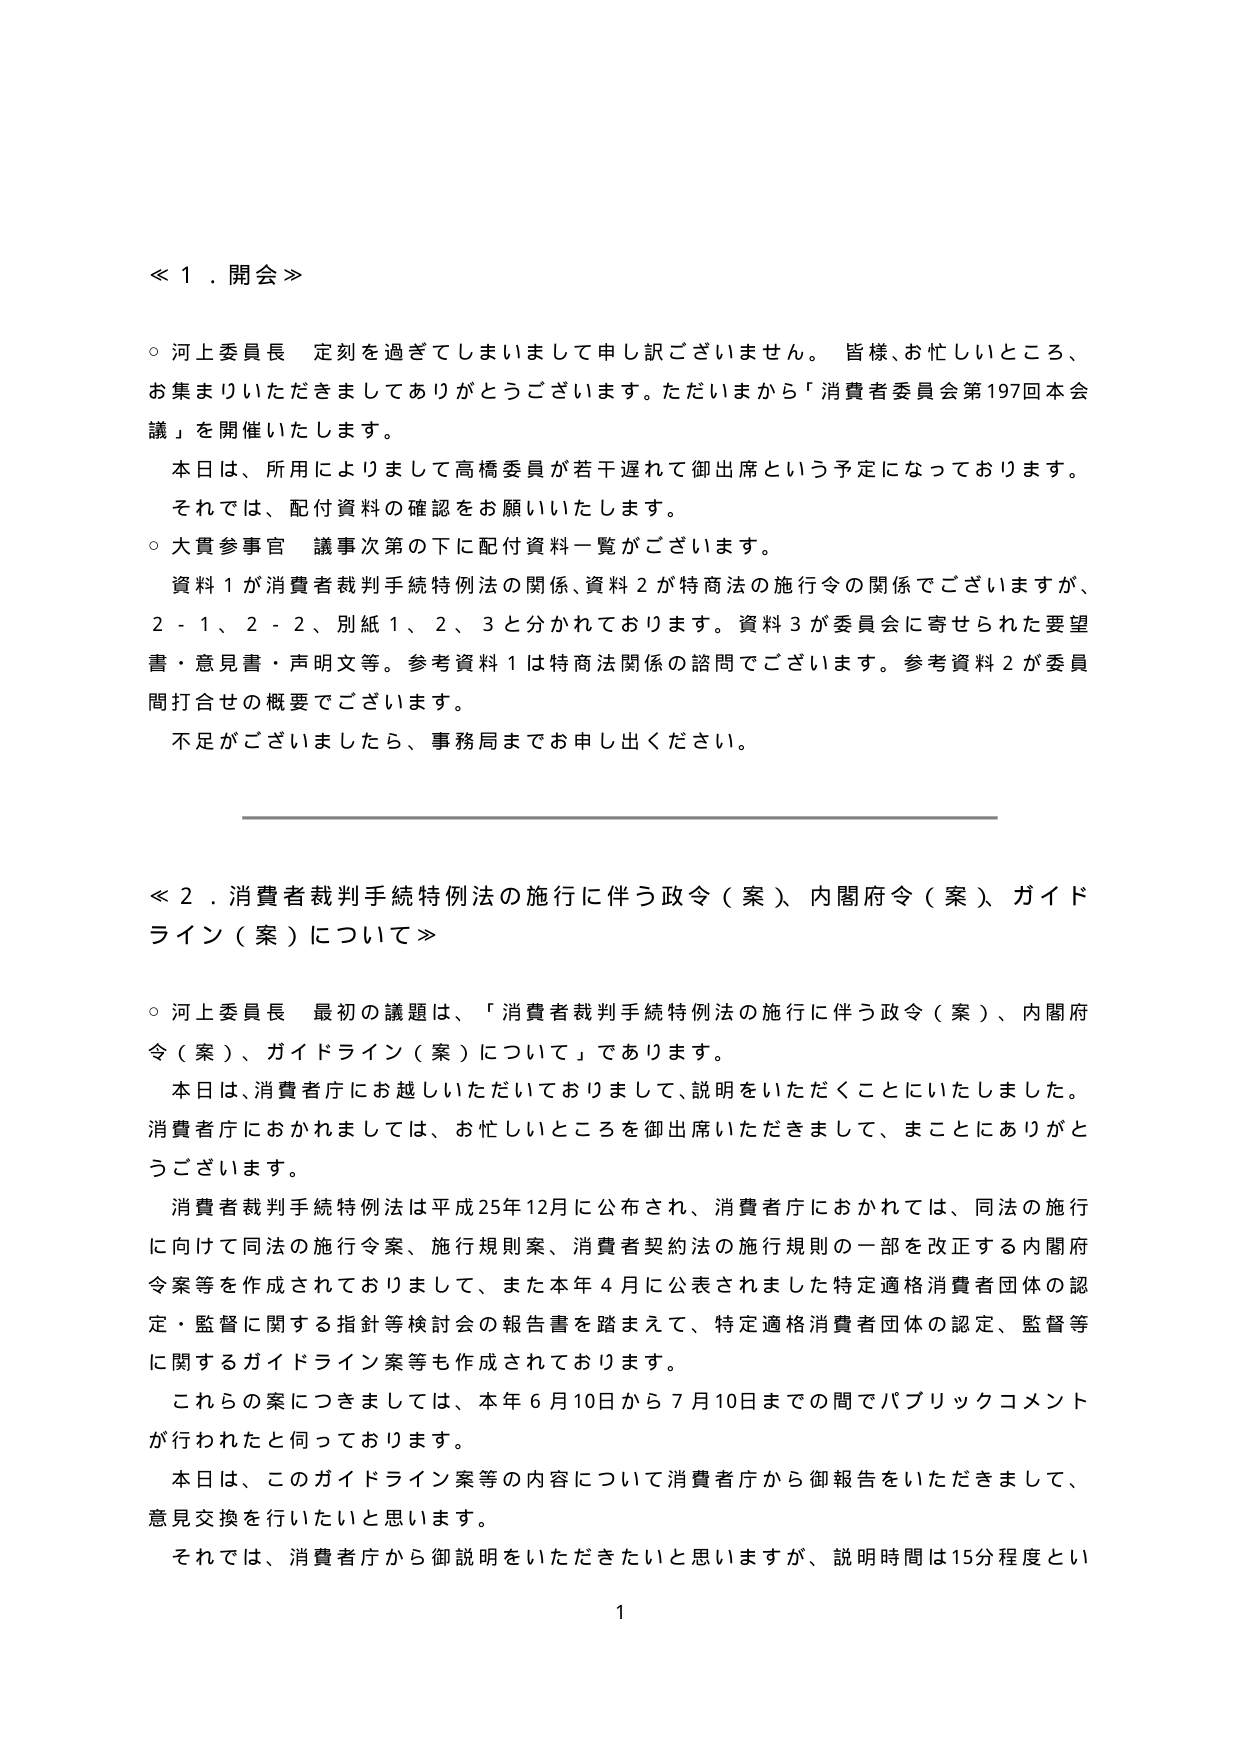
≪１．開会≫

○ 河上委員長　定刻を過ぎてしまいましたで申し訳ございません。皆様、お忙しいところ、お集まりいただきましてありがとうございます。ただいまから「消費者委員会第197回本会議」を開催いたします。

　本日は、所用によりまして高橋委員が若干遅れて御出席という予定になっております。それでは、配付資料の確認をお願いいたします。

○ 大貫参事官　議事次第の下に配付資料一覧がございます。

　資料１が消費者裁判手続特例法の関係、資料２が特商法の施行令の関係でございますが、２－１、２－２、別紙１、２、３と分かれております。資料３が委員会に寄せられた要望書・意見書・声明文等。参考資料１は特商法関係の諮問でございます。参考資料２が委員間打合せの概要でございます。

　不足がございましたら、事務局までお申し出ください。

≪２．消費者裁判手続特例法の施行に伴う政令（案）、内閣府令（案）、ガイドライン（案）について≫

○ 河上委員長　最初の議題は、「消費者裁判手続特例法の施行に伴う政令（案）、内閣府令（案）、ガイドライン（案）について」であります。

　本日は、消費者庁にお越しいただいておりまして、説明をいただくことにいたしました。消費者庁におかれましては、お忙しいところを御出席いただきまして、まことにありがとうございます。

　消費者裁判手続特例法は平成25年12月に公布され、消費者庁におかれては、同法の施行に向けて同法の施行令案、施行規則案、消費者契約法の施行規則の一部を改正する内閣府令案等を作成されておりまして、また本年４月に公表されました特定適格消費者団体の認定・監督に関する指針等検討会の報告書を踏まえて、特定適格消費者団体の認定、監督等に関するガイドライン案等も作成されております。

　これらの案につきましては、本年６月10日から７月10日までの間でパブリックコメントが行われたと伺っております。

　本日は、このガイドライン案等の内容について消費者庁から御報告をいただきまして、意見交換を行いたいと思います。

　それでは、消費者庁から御説明をいただきたいと思いますが、説明時間は15分程度とい

1